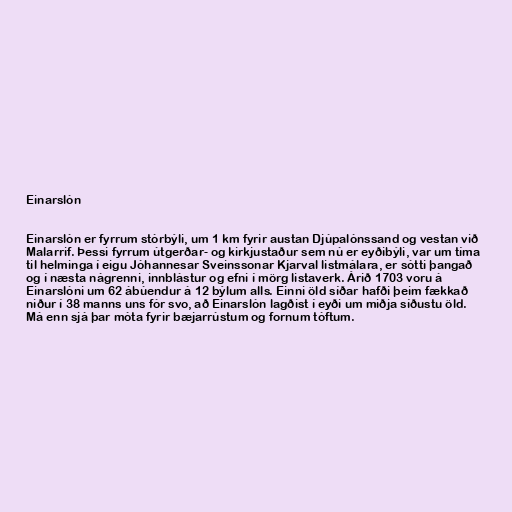
Einarslón

Einarslón er fyrrum stórbýli, um 1 km fyrir austan Djúpalónssand og vestan við
Malarrif. Þessi fyrrum útgerðar- og kirkjustaður sem nú er eyðibýli, var um tíma
til helminga í eigu Jóhannesar Sveinssonar Kjarval listmálara, er sótti þangað
og í næsta nágrenni, innblástur og efni í mörg listaverk. Árið 1703 voru á
Einarslóni um 62 ábúendur á 12 býlum alls. Einni öld síðar hafði þeim fækkað
niður í 38 manns uns fór svo, að Einarslón lagðist í eyði um miðja síðustu öld.
Má enn sjá þar móta fyrir bæjarrústum og fornum tóftum.